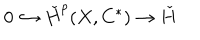
0 \hookrightarrow \check { H } ^ { p } ( X , C ^ { * } ) \rightarrow \check { H }